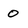
Character: 0